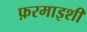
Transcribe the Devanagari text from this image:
फ़रमाइशी